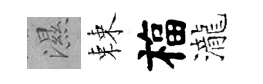
濕棘福瀧